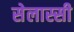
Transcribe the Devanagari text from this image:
सेलास्सी